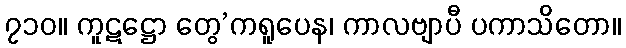
၇၁၀။ ကူဋဋ္ဌော တွေ’ကရူပေန၊ ကာလဗျာပီ ပကာသိတော။